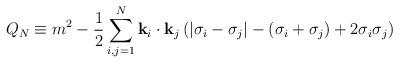
LaTeX: \begin{align*}Q_N\equiv m^2-{1\over2}\sum_{i,j=1}^N {\bf k}_i\cdot{\bf k}_j\left(|\sigma_i-\sigma_j|-(\sigma_i+\sigma_j)+2\sigma_i \sigma_j\right)\end{align*}